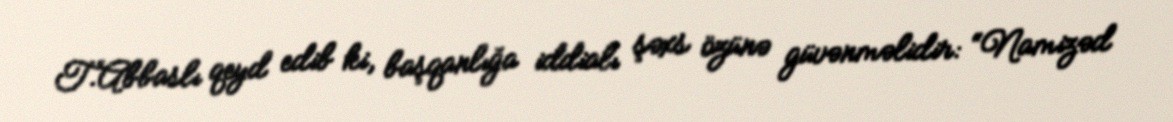
T.Abbaslı qeyd edib ki, başqanlığa iddialı şəxs özünə güvənməlidir: “Namizəd